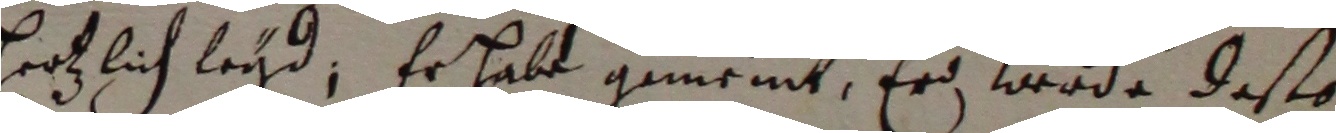
herzlich leyd, erhabt geneint, er werde deßo